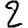
Digit: 2